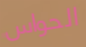
الحواس